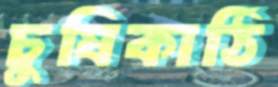
চুষিকাঠি